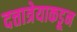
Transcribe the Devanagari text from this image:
दत्तात्रेयाकडून